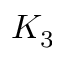
K _ { 3 }